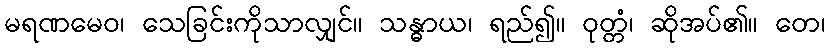
မရဏမေဝ၊ သေခြင်းကိုသာလျှင်။ သန္ဓာယ၊ ရည်၍။ ဝုတ္တံ၊ ဆိုအပ်၏။ တေ၊